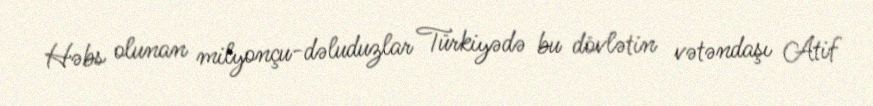
Həbs olunan milyonçu-dəluduzlar Türkiyədə bu dövlətin vətəndaşı Atif